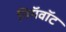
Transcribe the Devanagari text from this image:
गिगॅवॉट